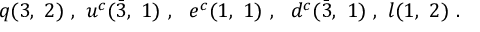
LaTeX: q ( 3 , ~ 2 ) ~ , ~ u ^ { c } ( \bar { 3 } , ~ 1 ) ~ , ~ ~ e ^ { c } ( 1 , ~ 1 ) ~ , ~ ~ d ^ { c } ( \bar { 3 } , ~ 1 ) ~ , ~ l ( 1 , ~ 2 ) ~ .